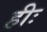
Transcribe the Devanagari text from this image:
हीः